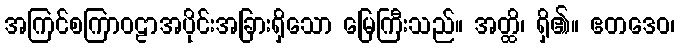
အကြင်စကြာဝဠာအပိုင်းအခြားရှိသော မြေကြီးသည်။ အတ္ထိ၊ ရှိ၏။ ဧတဒေဝ၊